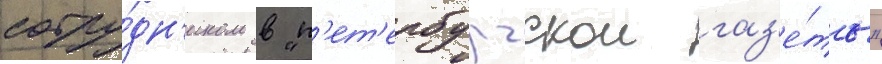
сотру́дн'иком в "п'ет'ербургскои газ'е́ты"